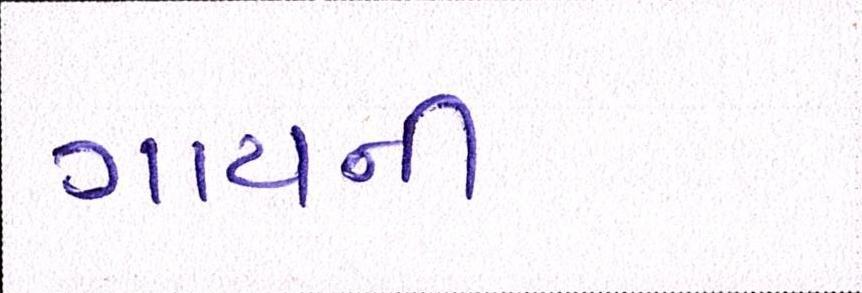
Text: ગાયની